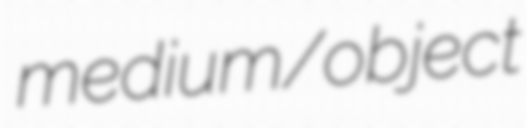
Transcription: medium/object